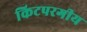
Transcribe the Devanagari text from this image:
किटपरगीय